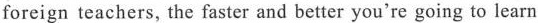
foreign teachers, the faster and better you're going to learn